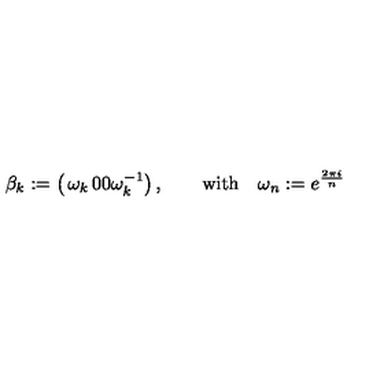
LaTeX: \beta _ { k } : = \left( \begin{matrix} { \omega _ { k } } & { 0 } \\ { 0 } & { \omega _ { k } ^ { - 1 } } \\ \end{matrix} \right) , \qquad \mathrm { w i t h } \quad \omega _ { n } : = e ^ { \frac { 2 \pi i } { n } }